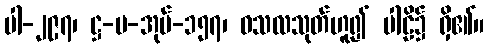
ပါ-၂၉၇၊ ဋ္ဌ-ပ-အုပ်-၁၅၇၊ ဝသလသုတ်ဟူ၍ ပါဠိ၌ ရှိ၏။